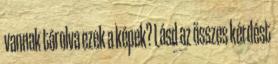
vannak tárolva ezek a képek? Lásd az összes kérdést